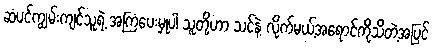
ဆံပင်ကျွမ်းကျင်သူရဲ့ အကြံပေးမှုပါ သူတို့ဟာ သင်နဲ့ လိုက်မယ့်အရောင်ကိုသိတဲ့အပြင်